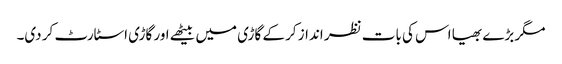
مگر بڑے بھیا اس کی بات نظر انداز کر کے گاڑی میں بیٹھے اور گاڑی اسٹارٹ کر دی۔